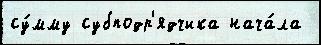
су́мму субподр'ядчика нача́ла